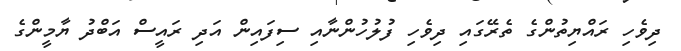
ދިވެހި ރައްޔިތުންގެ ތެރޭގައި ދިވެހި ފުލުހުންނާއި ސިފައިން އަދި ރައީސް އަބްދު ޔާމީންގެ